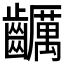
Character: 𪙺